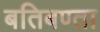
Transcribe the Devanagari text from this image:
बतिबण्ता